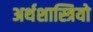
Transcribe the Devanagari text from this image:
अर्थशास्त्रियो